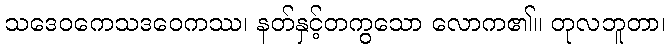
သဒေဝကေသဒဝေကဿ၊ နတ်နှင့်တကွသော လောက၏။ တုလဘူတာ၊